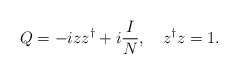
\begin{align*}Q=-iz z^\dagger+i\frac{I}{N},\quad z^\dagger z=1.\end{align*}